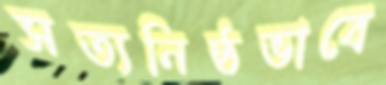
সত্যনিষ্ঠভাবে